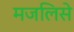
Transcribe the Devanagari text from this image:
मजलिसे